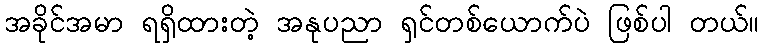
အခိုင်အမာ ရရှိထားတဲ့ အနုပညာ ရှင်တစ်ယောက်ပဲ ဖြစ်ပါ တယ်။